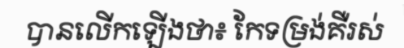
បានលើកឡើងថា៖ កែទម្រង់គឺរស់